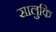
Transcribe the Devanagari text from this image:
सालुकि